Annual report of the Punjab Veterinary College and of the Civil Veterinary Department, Punjab - 1894-1908
Year: 1894
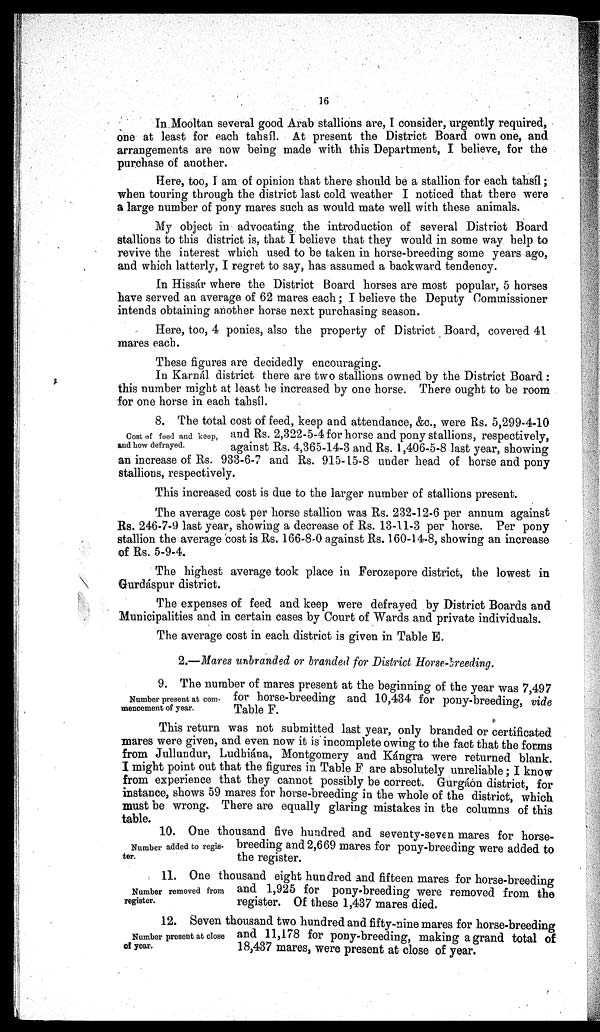
16
In Mooltan several good Arab stallions are, I consider, urgently required,
one at least for each tahsíl. At present the District Board own one, and
arrangements are now being made with this Department, I believe, for the
purchase of another.
Here, too, I am of opinion that there should be a stallion for each tahsíl;
when touring through the district last cold weather I noticed that there were
a large number of pony mares such as would mate well with these animals.
My object in advocating the introduction of several District Board
stallions to this district is, that I believe that they would in some way help to
revive the interest which used to be taken in horse-breeding some years ago,
and which latterly, I regret to say, has assumed a backward tendency.
In Hissár where the District Board horses are most popular, 5 horses
have served an average of 62 mares each; I believe the Deputy Commissioner
intends obtaining another horse next purchasing season.
Here, too, 4 ponies, also the property of District Board, covered 41
mares each.
These figures are decidedly encouraging.
In Karnál district there are two stallions owned by the District Board:
this number might at least be increased by one horse. There ought to be room
for one horse in each tahsíl.
Cost of feed and keep,
and how defrayed.
8. The total cost of feed, keep and attendance, &c., were Rs. 5,299-4-10
and Rs. 2,322-5-4 for horse and pony stallions, respectively,
against Rs. 4,365-14-3 and Rs. 1,406-5-8 last year, showing
an increase of Rs. 933-6-7 and Rs. 915-15-8 under head of horse and pony
stallions, respectively.
This increased cost is due to the larger number of stallions present.
The average cost per horse stallion was Rs. 232-12-6 per annum against
Rs. 246-7-9 last year, showing a decrease of Rs. 13-11-3 per horse. Per pony
stallion the average cost is Rs. 166-8-0 against Rs. 160-14-8, showing an increase
of Rs. 5-9-4.
The highest average took place in Ferozepore district, the lowest in
Gurdáspur district.
The expenses of feed and keep were defrayed by District Boards and
Municipalities and in certain cases by Court of Wards and private individuals.
The average cost in each district is given in Table E.
2.—Mares unbranded or branded for District Horse-breeding.
Number present at com-
mencement of year.
9. The number of mares present at the beginning of the year was 7,497
for horse-breeding and 10,434 for pony-breeding, vide
Table F.
This return was not submitted last year, only branded or certificated
mares were given, and even now it is incomplete owing to the fact that the forms
from Jullundur, Ludhiána, Montgomery and Kángra were returned blank.
I might point out that the figures in Table F are absolutely unreliable; I know
from experience that they cannot possibly be correct. Gurgáon district, for
instance, shows 59 mares for horse-breeding in the whole of the district, which
must be wrong. There are equally glaring mistakes in the columns of this
table.
Number added to regis-
ter.
10. One thousand five hundred and seventy-seven mares for horse-
breeding and 2,669 mares for pony-breeding were added to
the register.
Number removed from
register.
11. One thousand eight hundred and fifteen mares for horse-breeding
and 1,925 for pony-breeding were removed from the
register. Of these 1,437 mares died.
Number present at close
of year.
12. Seven thousand two hundred and fifty-nine mares for horse-breeding
and 11,178 for pony-breeding, making a grand total of
18,437 mares, were present at close of year.